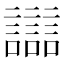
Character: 𧭛